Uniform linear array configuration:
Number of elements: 32
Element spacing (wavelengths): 1
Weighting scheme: hann
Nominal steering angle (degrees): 45
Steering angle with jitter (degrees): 46.959
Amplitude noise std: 0.05
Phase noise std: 0.05

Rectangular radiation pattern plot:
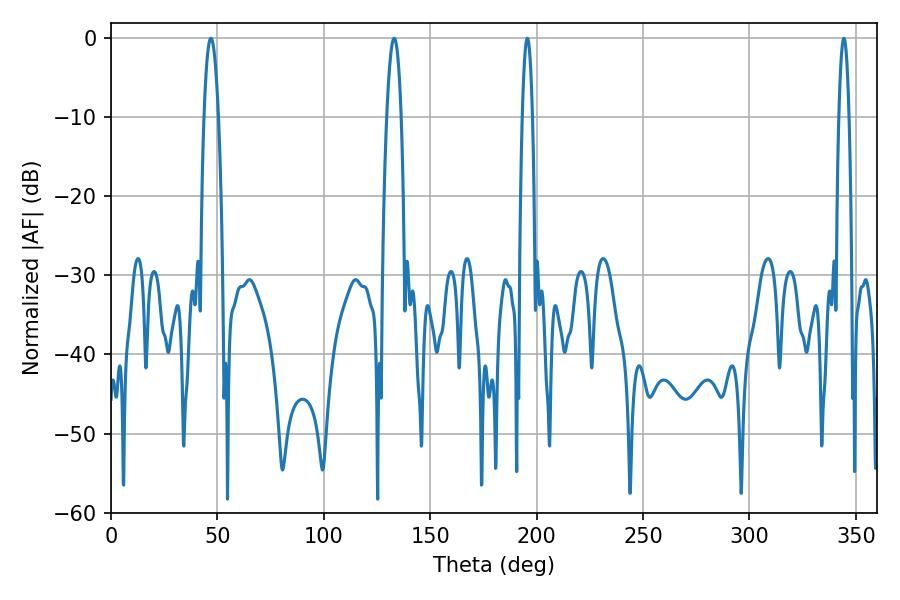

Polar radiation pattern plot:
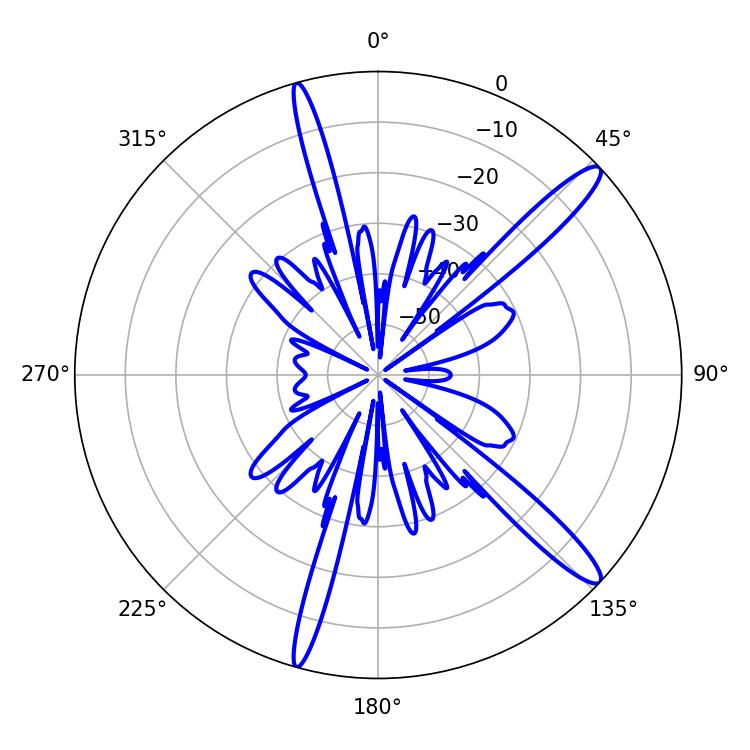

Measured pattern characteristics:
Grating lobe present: TRUE
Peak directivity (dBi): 14.163
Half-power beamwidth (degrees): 3.6
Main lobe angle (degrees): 46.98